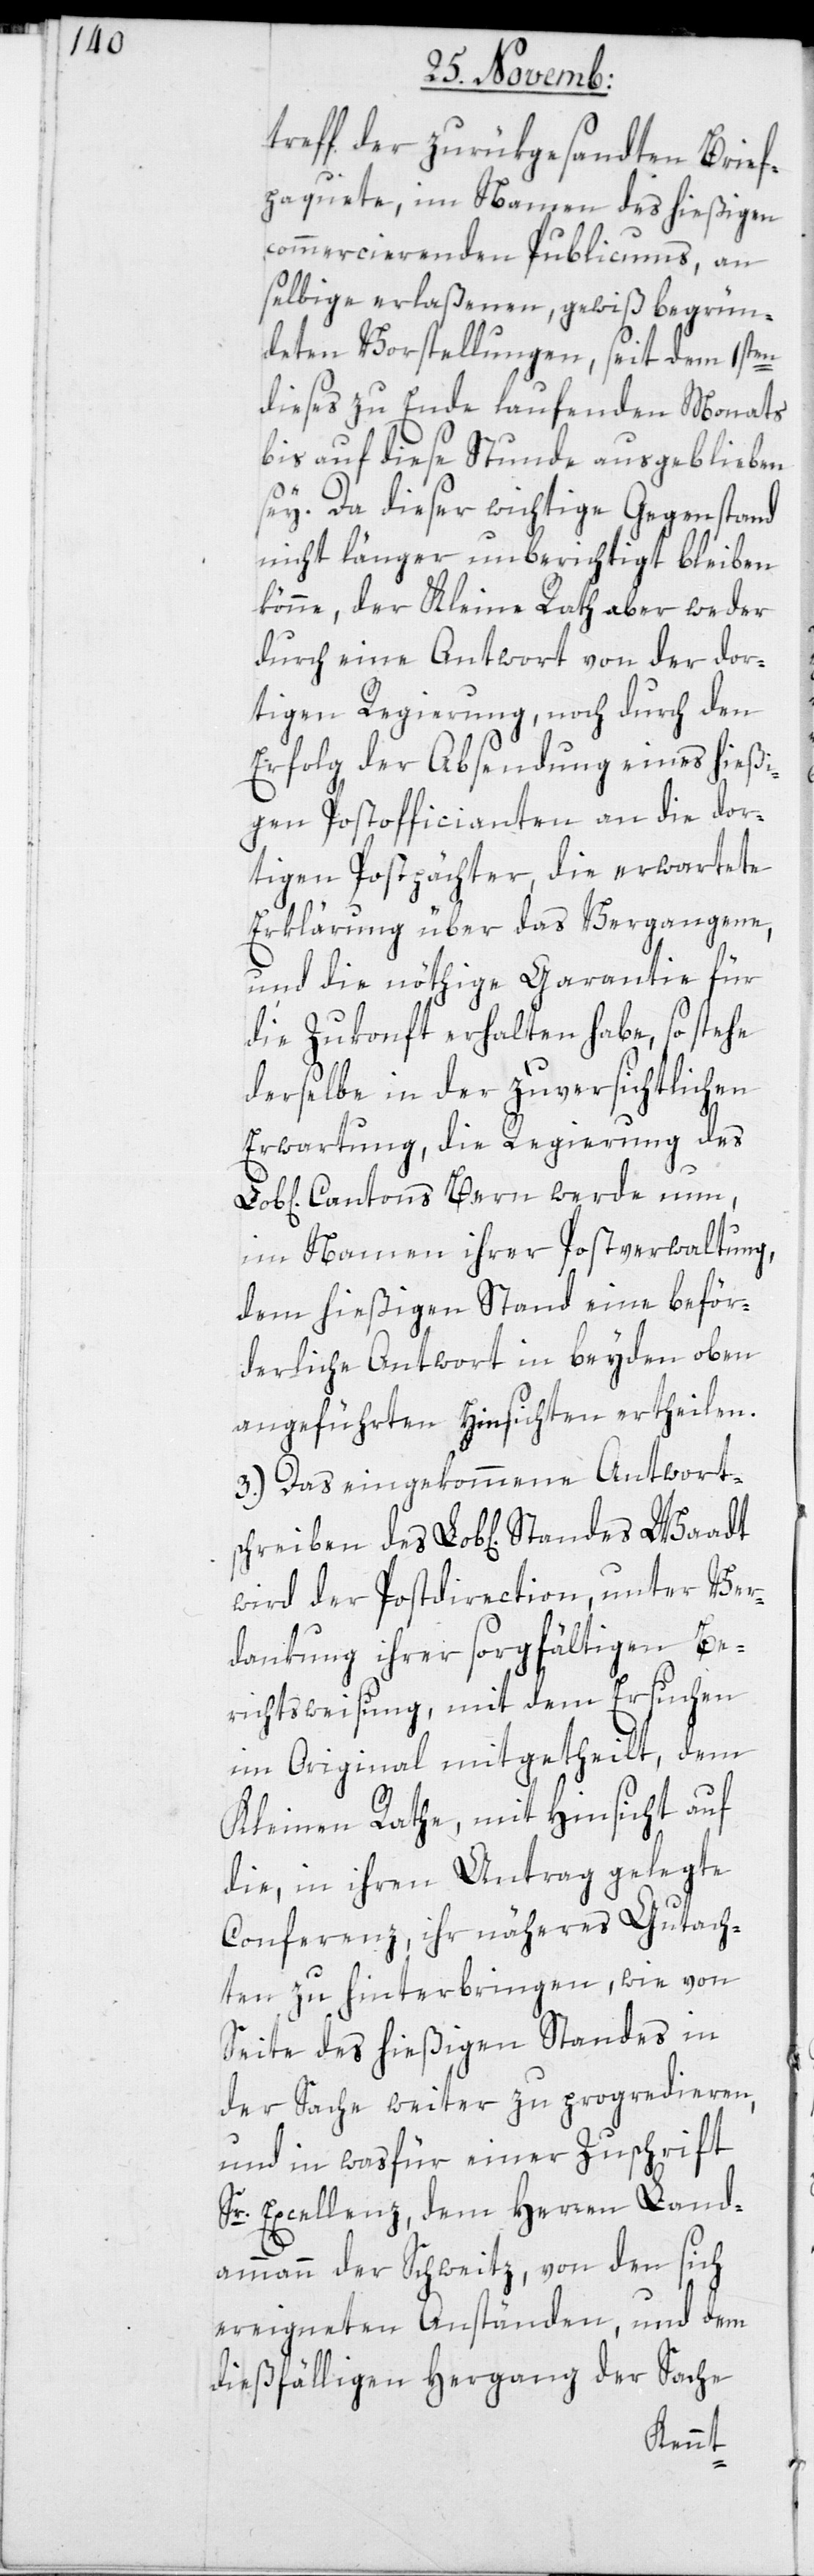
treff der zurükgesandten Brief¬
paquete, im Namen des hießigen
commercierenden Publicums, an
selbige erlaßenen, gewiß begrün¬
deten Vorstellungen, seit dem 1sten
dieses zu Ende laufenden Monats,
bis auf diese Stunde ausgeblieben
sey. Da dieser wichtige Gegenstand
nicht länger unberichtigt bleiben
könne, der Kleine Rath aber weder
durch eine Antwort von der dor¬
tigen Regierung, noch durch den
Erfolg der Absendung eines hießi¬
gen Postofficianten an die dor¬
tigen Postpächter, die erwartete
Erklärung über das Vergangene,
und die nöthige Garantie für
die Zukonft erhalten habe, so stehe
derselbe in der zuversichtlichen
Erwartung, die Regierung des
Cantons Bern werde nun,
im Namen ihrer Postverwaltung,
dem hießigen Stand eine beför¬
derliche Antwort in beyden oben
angeführten Hinsichten ertheilen.
3.) Das eingekommene Antworts¬
wird der Postdirection, unter Ver¬
dankung ihrer sorgfältigen Be¬
richtsweisung, mit dem Ersuchen
im Original mitgetheilt, dem
Kleinen Rate, mit Hinsicht auf
die, in ihren Antrag gelegte
Conferenz, ihr näheres Gutach¬
ten zu hinterbringen, wie von
Seite des hießigen Standes in
der Sache weiter zu progredieren,
und in was für einer Zuschrift
Sr. Excellenz, dem Herren Land¬
ammann der Schweitz, von den sich
ereigneten Anständen, und dem
dießfälligen Hergang der Sache
Standes